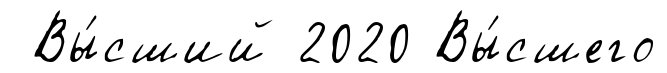
Вы́сший 2020 Вы́сшего